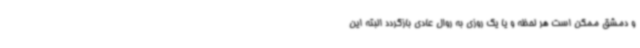
و دمشق ممکن است هر لحظه و یا یک روزی به روال عادی بازگردد البته این